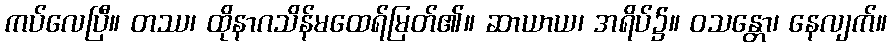
ကပ်လေပြီ။ တဿ၊ ထိုနာဂသိန်မထေရ်မြတ်၏။ ဆာယာယ၊ အရိပ်၌။ ဝသန္တော၊ နေလျက်။